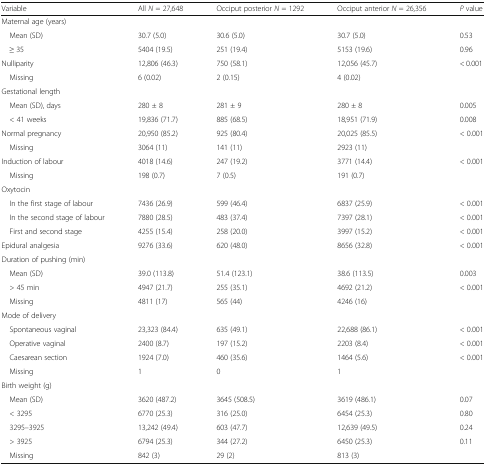
<table><thead><tr><td><b>Variable</b></td><td><b>All <i>N</i> = 27,648</b></td><td><b>Occiput posterior <i>N</i> = 1292</b></td><td><b>Occiput anterior <i>N</i> = 26,356</b></td><td><b><i>P</i> value</b></td></tr></thead><tbody><tr><td colspan="5">Maternal age (years)</td></tr><tr><td> Mean (SD)</td><td>30.7 (5.0)</td><td>30.6 (5.0)</td><td>30.7 (5.0)</td><td>0.53</td></tr><tr><td> ≥ 35</td><td>5404 (19.5)</td><td>251 (19.4)</td><td>5153 (19.6)</td><td>0.96</td></tr><tr><td>Nulliparity</td><td>12,806 (46.3)</td><td>750 (58.1)</td><td>12,056 (45.7)</td><td>&lt; 0.001</td></tr><tr><td> Missing</td><td>6 (0.02)</td><td>2 (0.15)</td><td>4 (0.02)</td><td></td></tr><tr><td colspan="5">Gestational length</td></tr><tr><td> Mean (SD), days</td><td>280 ± 8</td><td>281 ± 9</td><td>280 ± 8</td><td>0.005</td></tr><tr><td> &lt; 41 weeks</td><td>19,836 (71.7)</td><td>885 (68.5)</td><td>18,951 (71.9)</td><td>0.008</td></tr><tr><td>Normal pregnancy</td><td>20,950 (85.2)</td><td>925 (80.4)</td><td>20,025 (85.5)</td><td>&lt; 0.001</td></tr><tr><td> Missing</td><td>3064 (11)</td><td>141 (11)</td><td>2923 (11)</td><td></td></tr><tr><td>Induction of labour</td><td>4018 (14.6)</td><td>247 (19.2)</td><td>3771 (14.4)</td><td>&lt; 0.001</td></tr><tr><td> Missing</td><td>198 (0.7)</td><td>7 (0.5)</td><td>191 (0.7)</td><td></td></tr><tr><td colspan="5">Oxytocin</td></tr><tr><td> In the first stage of labour</td><td>7436 (26.9)</td><td>599 (46.4)</td><td>6837 (25.9)</td><td>&lt; 0.001</td></tr><tr><td> In the second stage of labour</td><td>7880 (28.5)</td><td>483 (37.4)</td><td>7397 (28.1)</td><td>&lt; 0.001</td></tr><tr><td> First and second stage</td><td>4255 (15.4)</td><td>258 (20.0)</td><td>3997 (15.2)</td><td>&lt; 0.001</td></tr><tr><td>Epidural analgesia</td><td>9276 (33.6)</td><td>620 (48.0)</td><td>8656 (32.8)</td><td>&lt; 0.001</td></tr><tr><td colspan="5">Duration of pushing (min)</td></tr><tr><td> Mean (SD)</td><td>39.0 (113.8)</td><td>51.4 (123.1)</td><td>38.6 (113.5)</td><td>0.003</td></tr><tr><td> &gt; 45 min</td><td>4947 (21.7)</td><td>255 (35.1)</td><td>4692 (21.2)</td><td>&lt; 0.001</td></tr><tr><td> Missing</td><td>4811 (17)</td><td>565 (44)</td><td>4246 (16)</td><td></td></tr><tr><td colspan="5">Mode of delivery</td></tr><tr><td> Spontaneous vaginal</td><td>23,323 (84.4)</td><td>635 (49.1)</td><td>22,688 (86.1)</td><td>&lt; 0.001</td></tr><tr><td> Operative vaginal</td><td>2400 (8.7)</td><td>197 (15.2)</td><td>2203 (8.4)</td><td>&lt; 0.001</td></tr><tr><td> Caesarean section</td><td>1924 (7.0)</td><td>460 (35.6)</td><td>1464 (5.6)</td><td>&lt; 0.001</td></tr><tr><td> Missing</td><td>1</td><td>0</td><td>1</td><td></td></tr><tr><td colspan="5">Birth weight (g)</td></tr><tr><td> Mean (SD)</td><td>3620 (487.2)</td><td>3645 (508.5)</td><td>3619 (486.1)</td><td>0.07</td></tr><tr><td> &lt; 3295</td><td>6770 (25.3)</td><td>316 (25.0)</td><td>6454 (25.3)</td><td>0.80</td></tr><tr><td> 3295–3925</td><td>13,242 (49.4)</td><td>603 (47.7)</td><td>12,639 (49.5)</td><td>0.24</td></tr><tr><td> &gt; 3925</td><td>6794 (25.3)</td><td>344 (27.2)</td><td>6450 (25.3)</td><td>0.11</td></tr><tr><td> Missing</td><td>842 (3)</td><td>29 (2)</td><td>813 (3)</td><td></td></tr></tbody></table>